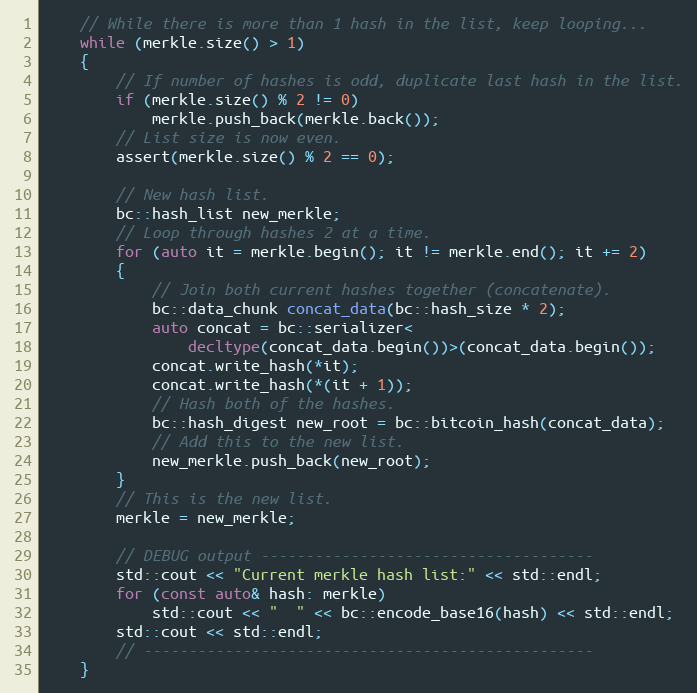
Language: C++
    // While there is more than 1 hash in the list, keep looping...
    while (merkle.size() > 1)
    {
        // If number of hashes is odd, duplicate last hash in the list.
        if (merkle.size() % 2 != 0)
            merkle.push_back(merkle.back());
        // List size is now even.
        assert(merkle.size() % 2 == 0);

        // New hash list.
        bc::hash_list new_merkle;
        // Loop through hashes 2 at a time.
        for (auto it = merkle.begin(); it != merkle.end(); it += 2)
        {
            // Join both current hashes together (concatenate).
            bc::data_chunk concat_data(bc::hash_size * 2);
            auto concat = bc::serializer<
                decltype(concat_data.begin())>(concat_data.begin());
            concat.write_hash(*it);
            concat.write_hash(*(it + 1));
            // Hash both of the hashes.
            bc::hash_digest new_root = bc::bitcoin_hash(concat_data);
            // Add this to the new list.
            new_merkle.push_back(new_root);
        }
        // This is the new list.
        merkle = new_merkle;

        // DEBUG output -------------------------------------
        std::cout << "Current merkle hash list:" << std::endl;
        for (const auto& hash: merkle)
            std::cout << "  " << bc::encode_base16(hash) << std::endl;
        std::cout << std::endl;
        // --------------------------------------------------
    }